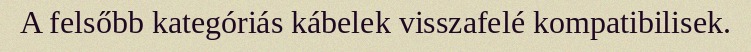
A felsőbb kategóriás kábelek visszafelé kompatibilisek.